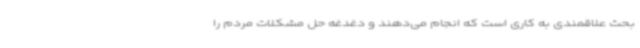
بحث علاقمندی به کاری است که انجام می‌دهند و دغدغه حل مشکلات مردم را